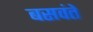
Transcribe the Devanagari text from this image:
बसवंते